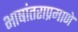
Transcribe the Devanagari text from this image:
भाषांतराप्रमाणे